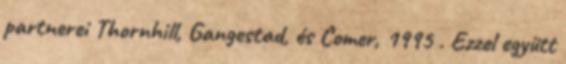
partnerei Thornhill, Gangestad, és Comer, 1995 . Ezzel együtt